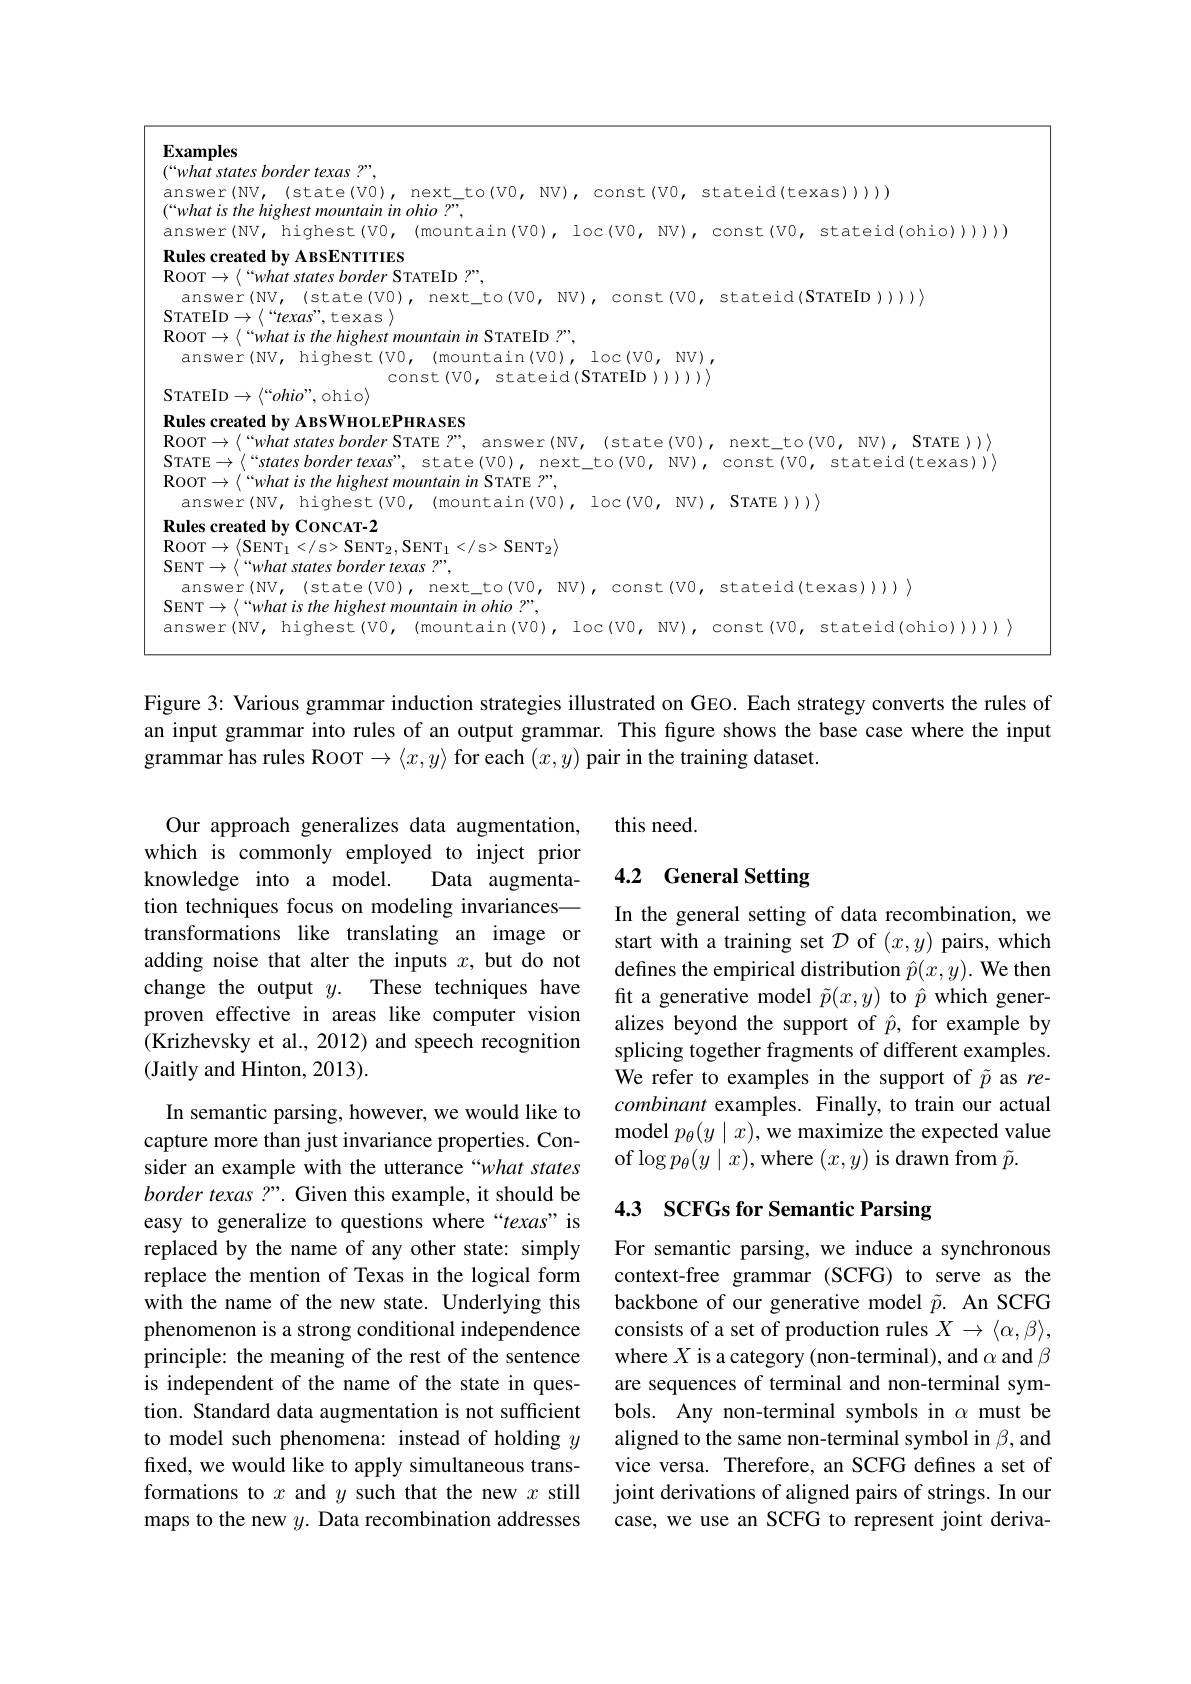
Examples
$(“what$ states border texas ?”,
answer(NV, (state(V0), next\_to(V0, NV), const(V0, stateid(texas))))
$(“whatisthe‘highestǐmountaininohio?”$,
answer(NV, highest(V0, (mountain(V0), loc(V0,NV), const(V0, stateid(ohio))))))
Rules created by ABSENTITIES
ROOT$\to\langle$“what states border STATEID ?”,
answer(NV, Istate(V0), next\_to(V0, NV), const(V0, stateid(STATEID))))
STATEID$\rightarrow \left \langle “ texas” , texas\right \rangle$
ROOT$\to\left\langle“whatisthe\text{ highest mountain in STATEID ?",}\right.$
answer( NV, highest( V0, ( mountain( V0), loc( V0, NV) , $\begin{array}{cc}\mathrm{const~(V0,~stateid(STATEID)))\rangle\rangle}\\\mathrm{STATEID\to\langle“ohio",ohio\rangle}&\end{array}$ Rules created by A BSWHOLEPHRASES
$\mathbf{R}$OOT$\to\langle$“what states border STATE?”, answer(NV, (state(V0), next\_to(V0,NV), STATE))) STATE$\to \langle “ statesbordertexas” $, state( VO) , next$\_$to( VO, NV) , const( VO, stateid( texas) ) $\rangle$ ROOT$\to\left\langle“whatisthe\text{ highest mountain in STATE ?",}\right.$
answer(NV, highest(V0, (mountain(V0), loc(V0,NV), STATE)))
Rules created by CONCAT-2
$\mathbf{ROOT}\to \langle \mathrm{SENT}_{1}< / s>$SENT$_2$,SENT$_1
$SENT$_2\rangle$
SENT $\to\langle“what$ states border texas ?”,
$answer(NV,(state(V0),next\_to(V0,NV),const(V0,stateid(texas))))$,
SENT $\to\left\langle“whatisthe\text{ highest mountain in ohio ?”,}\right.$
answer(NV, highest(VO, (mountain(VO), loc(VO,NV), const(VO, stateid(ohio)))))

Figure 3: Various grammar induction strategies illustrated on GEO. Each strategy converts the rules of an input grammar into rules of an output grammar. This figure shows the base case where the input grammar has rules RooT $\to\langle x,y\rangle$ for each $(x,y)$ pair in the training dataset.

this need.

### 4.2 General Setting

Our approach generalizes data augmentation, which is commonly employed to inject prior knowledge into a model.
Data augmenta-
tion techniques focus on modeling invariances— transformations like translating an image or adding noise that alter the inputs $x$, but do not change the output $y.$ These techniques have proven effective in areas like computer vision (Krizhevsky et al., 2012) and speech recognition (Jaitly and Hinton, 2013).

In the general setting of data recombination, we start with a training set $\mathcal{D}$ of $(x,y)$ pairs, which defines the empirical distribution $\hat{p}(x,y).$ We then fit a generative model $\tilde{p}(x,y)$ to $\hat{p}$ which generalizes beyond the support of $\hat{p}$, for example by splicing together fragments of different examples. We refer to examples in the support of $\tilde{p}$ as recombinant examples. Finally, to train our actual model $p_\theta(y\mid x)$,we maximize the expected value of$\log p_\theta(y\mid x)$,where$(x,y)$is drawn from $\tilde{p}.$

### 4.3 SCFGs for Semantic Parsing

In semantic parsing, however, we would like to capture more than just invariance properties. Consider an example with the utterance“what states border texas ?". Given this example, it should be easy to generalize to questions where“texas”is replaced by the name of any other state: simply replace the mention of Texas in the logical form with the name of the new state. Underlying this phenomenon is a strong conditional independence principle: the meaning of the rest of the sentence is independent of the name of the state in question. Standard data augmentation is not sufficient to model such phenomena: instead of holding $y$ fixed, we would like to apply simultaneous transformations to $x$ and $y$ such that the new $x$ still maps to the new $y.$ Data recombination addresses

For semantic parsing, we induce a synchronous context-free grammar (SCFG) to serve as the backbone of our generative model $\tilde{p}.$ An SCFG consists of a set of production rules $X\to\langle\alpha,\beta\rangle$, where $X$ is a category (non-terminal), and $\alpha$ and $\beta$ are sequences of terminal and non-terminal symbols. Any non-terminal symbols in $\alpha$ must be aligned to the same non-terminal symbol in $\beta$,and vice versa. Therefore, an SCFG defines a set of joint derivations of aligned pairs of strings. In our case, we use an SCFG to represent joint deriva-